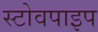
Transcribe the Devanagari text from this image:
स्टोवपाइप